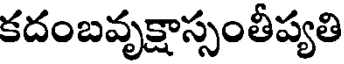
కదంబవృక్షాస్సంతీప్యతి